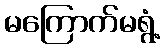
မကြောက်မရွံ့